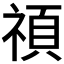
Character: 𥚴